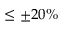
\leq \pm 2 0 \%